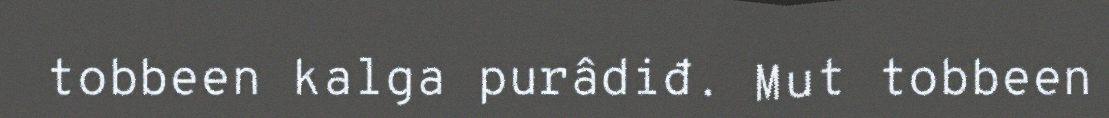
tobbeen kalga purâdiđ. Mut tobbeen